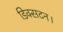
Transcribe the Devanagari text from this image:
डिक्सटन।